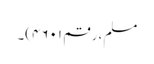
مسلم، رقم ۴۶۰۱)۔